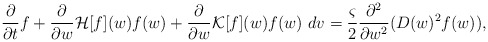
\begin{align*}\begin{aligned}\frac{\partial}{\partial t} f &+\frac{\partial}{\partial w}\mathcal{H}[f](w)f(w)+ \frac{\partial}{\partial w}\mathcal{K}[f](w)f(w)~dv=\frac{\varsigma}{2}\frac{\partial^2}{\partial w^2}(D(w)^2f(w)),\end{aligned}\end{align*}